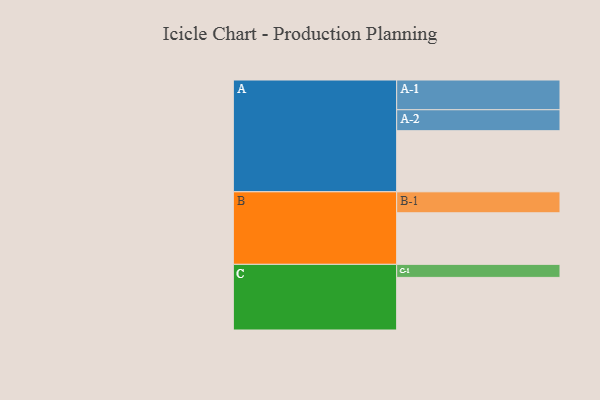
{"axis": {"x": "Segment", "y": "Value"}, "legend": ["", "A", "B", "C"], "data": [{"x": "A", "y": 417, "type": ""}, {"x": "B", "y": 352, "type": ""}, {"x": "C", "y": 359, "type": ""}, {"x": "A-1", "y": 203, "type": "A"}, {"x": "A-2", "y": 143, "type": "A"}, {"x": "B-1", "y": 143, "type": "B"}, {"x": "C-1", "y": 89, "type": "C"}]}